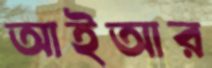
আইআর